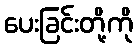
ပေးခြင်းတို့ကို